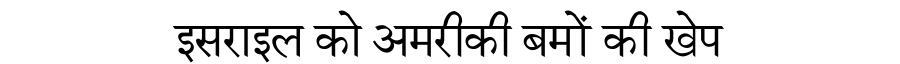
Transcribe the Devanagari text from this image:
इसराइल को अमरीकी बमों की खेप